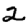
Digit: 2